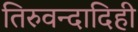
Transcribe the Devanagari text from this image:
तिरुवन्दादिही